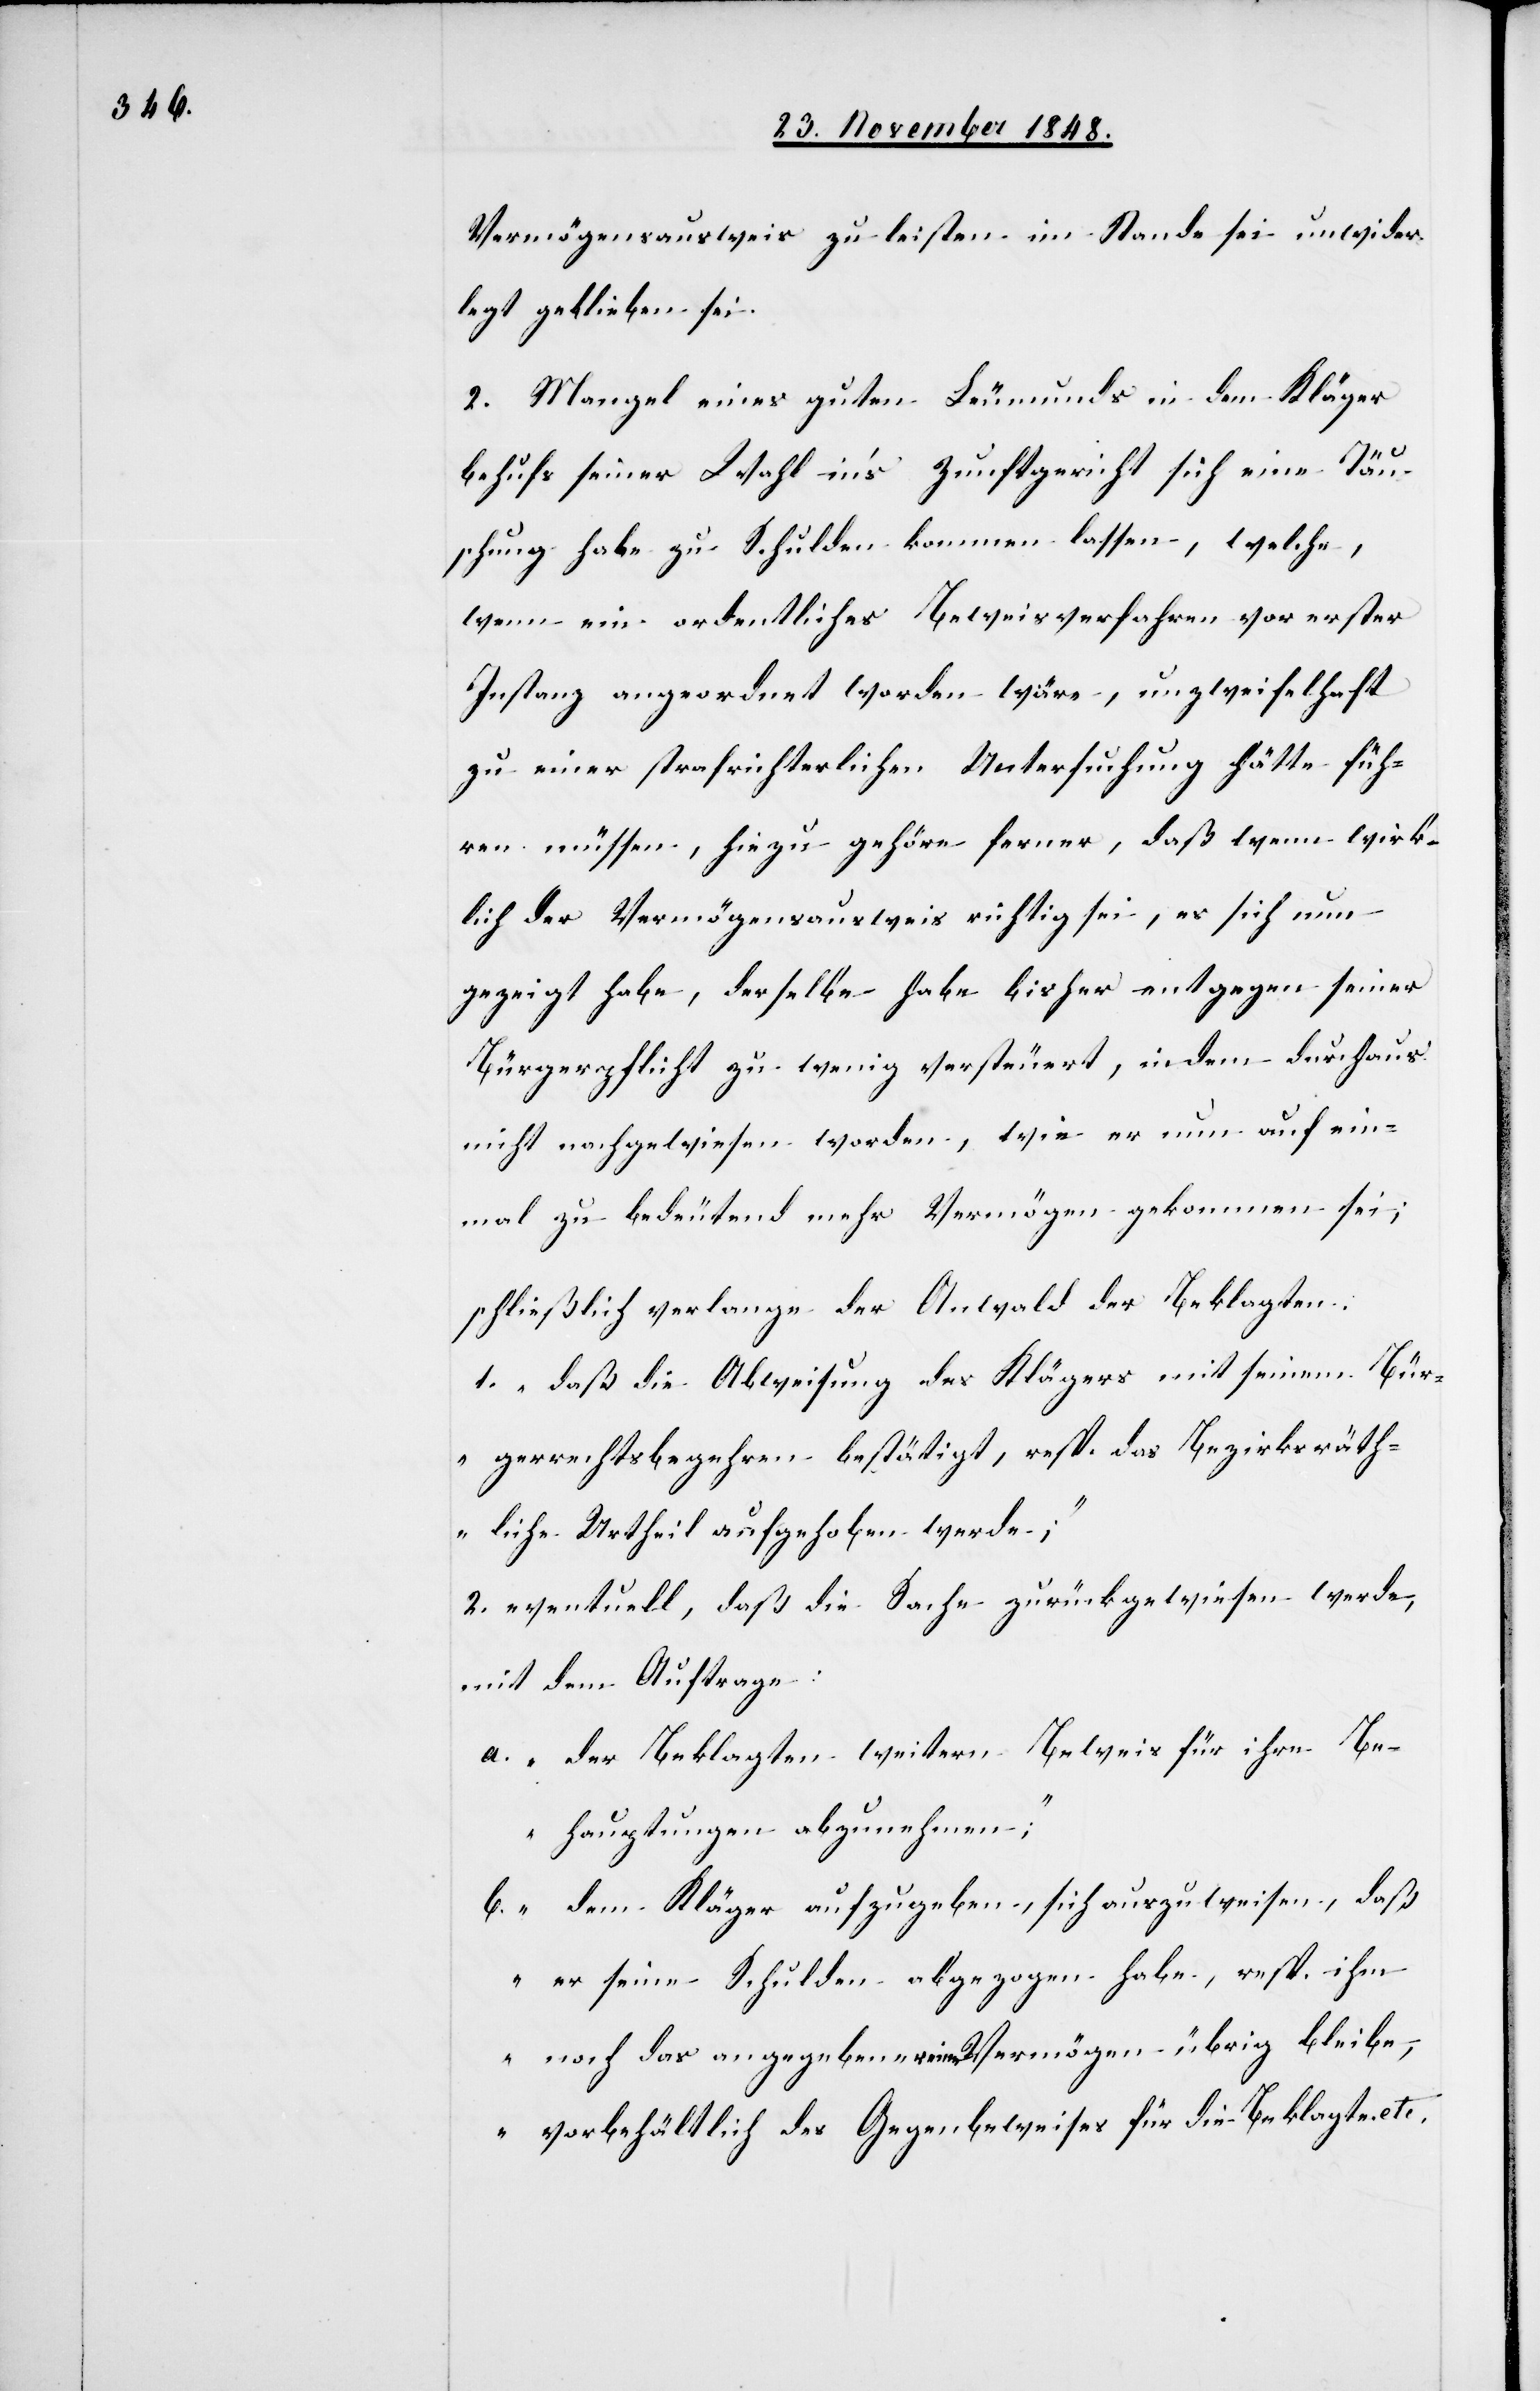
Vermögensausweis zu leisten im Stande sei unwider¬
legt geblieben sei.
2. Mangel eines guten Leumunds in dem Kläger
behufs seiner Wahl in’s Zunftgericht sich eine Täu¬
schung habe zu Schulden kommen lassen, welche,
wenn ein ordentliches Beweisverfahren vor erster
Instanz angeordnet worden wäre, unzweifelhaft
zu einer strafrichterlichen Untersuchung hätte füh¬
ren müssen, hiezu gehöre ferner, daß wenn wirk¬
lich der Vermögensausweis richtig sei, es sich nun
gezeigt habe, derselbe habe bisher entgegen seiner
Bürgerpflicht zu wenig versteuert, indem durchaus
nicht nachgewiesen worden, wie er nun auf ein¬
mal zu bedeutend mehr Vermögen gekommen sei;
schließlich verlange der Anwald der Beklagten:
1. „daß die Abweisung des Klägers mit seinem Bür¬
gerrechtsbegehren bestätigt, resp. das Bezirksräth¬
liche Urtheil aufgehoben werde;“
2. eventuell daß die Sache zurückgewiesen werde,
mit dem Auftrage:
a. „der Beklagten weitern Beweis für ihre Be¬
hauptungen abzunehmen;“
b. „dem Kläger aufzugeben, sich auszuweisen, daß
er seine Schulden abgezogen habe, resp. ihm
noch das angegebene reine Vermögen übrig bleibe,
vorbehältlich der Gegenbeweise für die Beklagte etc.